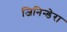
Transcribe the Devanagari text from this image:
जिनिन्डेरा